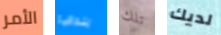
الأمر بندقية تلك لديك